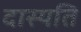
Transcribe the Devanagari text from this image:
दास्यति